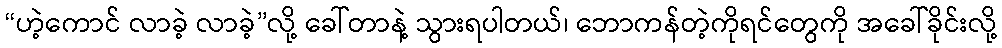
“ဟဲ့ကောင် လာခဲ့ လာခဲ့”လို့ ခေါ်တာနဲ့ သွားရပါတယ်၊ ဘောကန်တဲ့ကိုရင်တွေကို အခေါ်ခိုင်းလို့